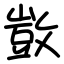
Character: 敳